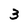
Character: 3